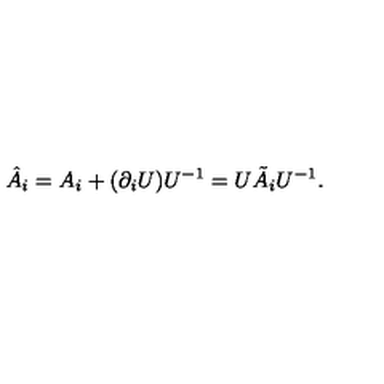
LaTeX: \hat { A } _ { i } = A _ { i } + ( \partial _ { i } U ) U ^ { - 1 } = U \tilde { A } _ { i } U ^ { - 1 } .